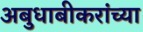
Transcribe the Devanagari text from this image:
अबुधाबीकरांच्या